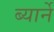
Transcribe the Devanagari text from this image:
ब्यार्ने